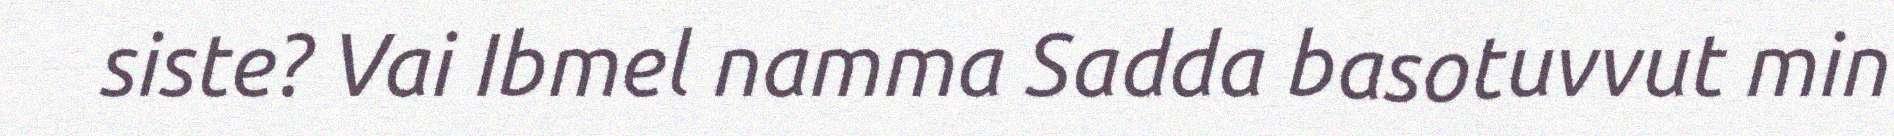
siste? Vai Ibmel namma Sadda basotuvvut min